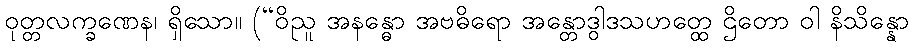
ဝုတ္တလက္ခဏေန၊ ရှိသော။ (“ဝိညူ အနန္ဓော အဗဓိရော အန္တောဒွါဒသဟတ္ထေ ဌိတော ဝါ နိသိန္နော